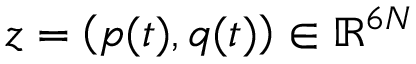
\boldsymbol { z } = \left( \boldsymbol { p } ( t ) , \boldsymbol { q } ( t ) \right) \in \mathbb { R } ^ { 6 N }